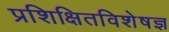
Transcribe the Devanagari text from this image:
प्रशिक्षितविशेषज्ञ